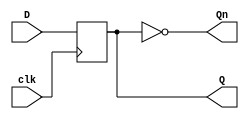
`timescale 1ns / 1ps

module dflipflopbehav(
                        input D,
                        input clk,
                        output Q,
                        output Qn
    ); 
reg FF;   
assign Q = FF;
assign Qn = ~FF;
always @(posedge clk) begin
FF <= D;
end
endmodule